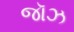
જૉઝ